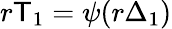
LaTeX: r\mathsf T_{1}=\psi(r\Delta_{1})